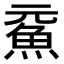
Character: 𩵶